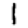
Digit: 1